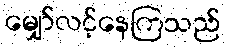
မျှော်လင့်နေကြသည်